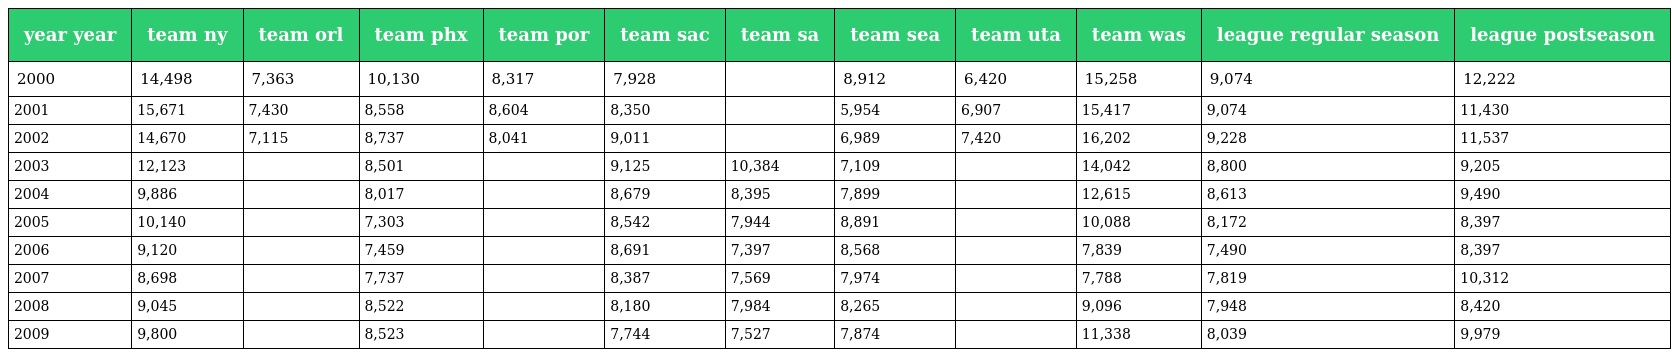
| year year | team ny | team orl | team phx | team por | team sac | team sa | team sea | team uta | team was | league regular season | league postseason |
 | --- | --- | --- | --- | --- | --- | --- | --- | --- | --- | --- | --- |
 | 2000 | 14,498 | 7,363 | 10,130 | 8,317 | 7,928 |  | 8,912 | 6,420 | 15,258 | 9,074 | 12,222 |
 | 2001 | 15,671 | 7,430 | 8,558 | 8,604 | 8,350 |  | 5,954 | 6,907 | 15,417 | 9,074 | 11,430 |
 | 2002 | 14,670 | 7,115 | 8,737 | 8,041 | 9,011 |  | 6,989 | 7,420 | 16,202 | 9,228 | 11,537 |
 | 2003 | 12,123 |  | 8,501 |  | 9,125 | 10,384 | 7,109 |  | 14,042 | 8,800 | 9,205 |
 | 2004 | 9,886 |  | 8,017 |  | 8,679 | 8,395 | 7,899 |  | 12,615 | 8,613 | 9,490 |
 | 2005 | 10,140 |  | 7,303 |  | 8,542 | 7,944 | 8,891 |  | 10,088 | 8,172 | 8,397 |
 | 2006 | 9,120 |  | 7,459 |  | 8,691 | 7,397 | 8,568 |  | 7,839 | 7,490 | 8,397 |
 | 2007 | 8,698 |  | 7,737 |  | 8,387 | 7,569 | 7,974 |  | 7,788 | 7,819 | 10,312 |
 | 2008 | 9,045 |  | 8,522 |  | 8,180 | 7,984 | 8,265 |  | 9,096 | 7,948 | 8,420 |
 | 2009 | 9,800 |  | 8,523 |  | 7,744 | 7,527 | 7,874 |  | 11,338 | 8,039 | 9,979 |